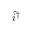
\Hat { i } ^ { \dag }